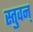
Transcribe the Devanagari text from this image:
स्तुवन्